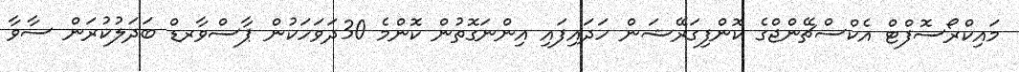
މައިކްރޯސޮފްޓް އެކްސްޗޭންޖްގެ ކޮންފިގަރޭޝަން ހަދައިފައި އިންނަގޮތުން ކޮންމެ 30ދަވަހަކުން ޕާސްވާރޑް ބަދަލުކުރަން ސާވާ